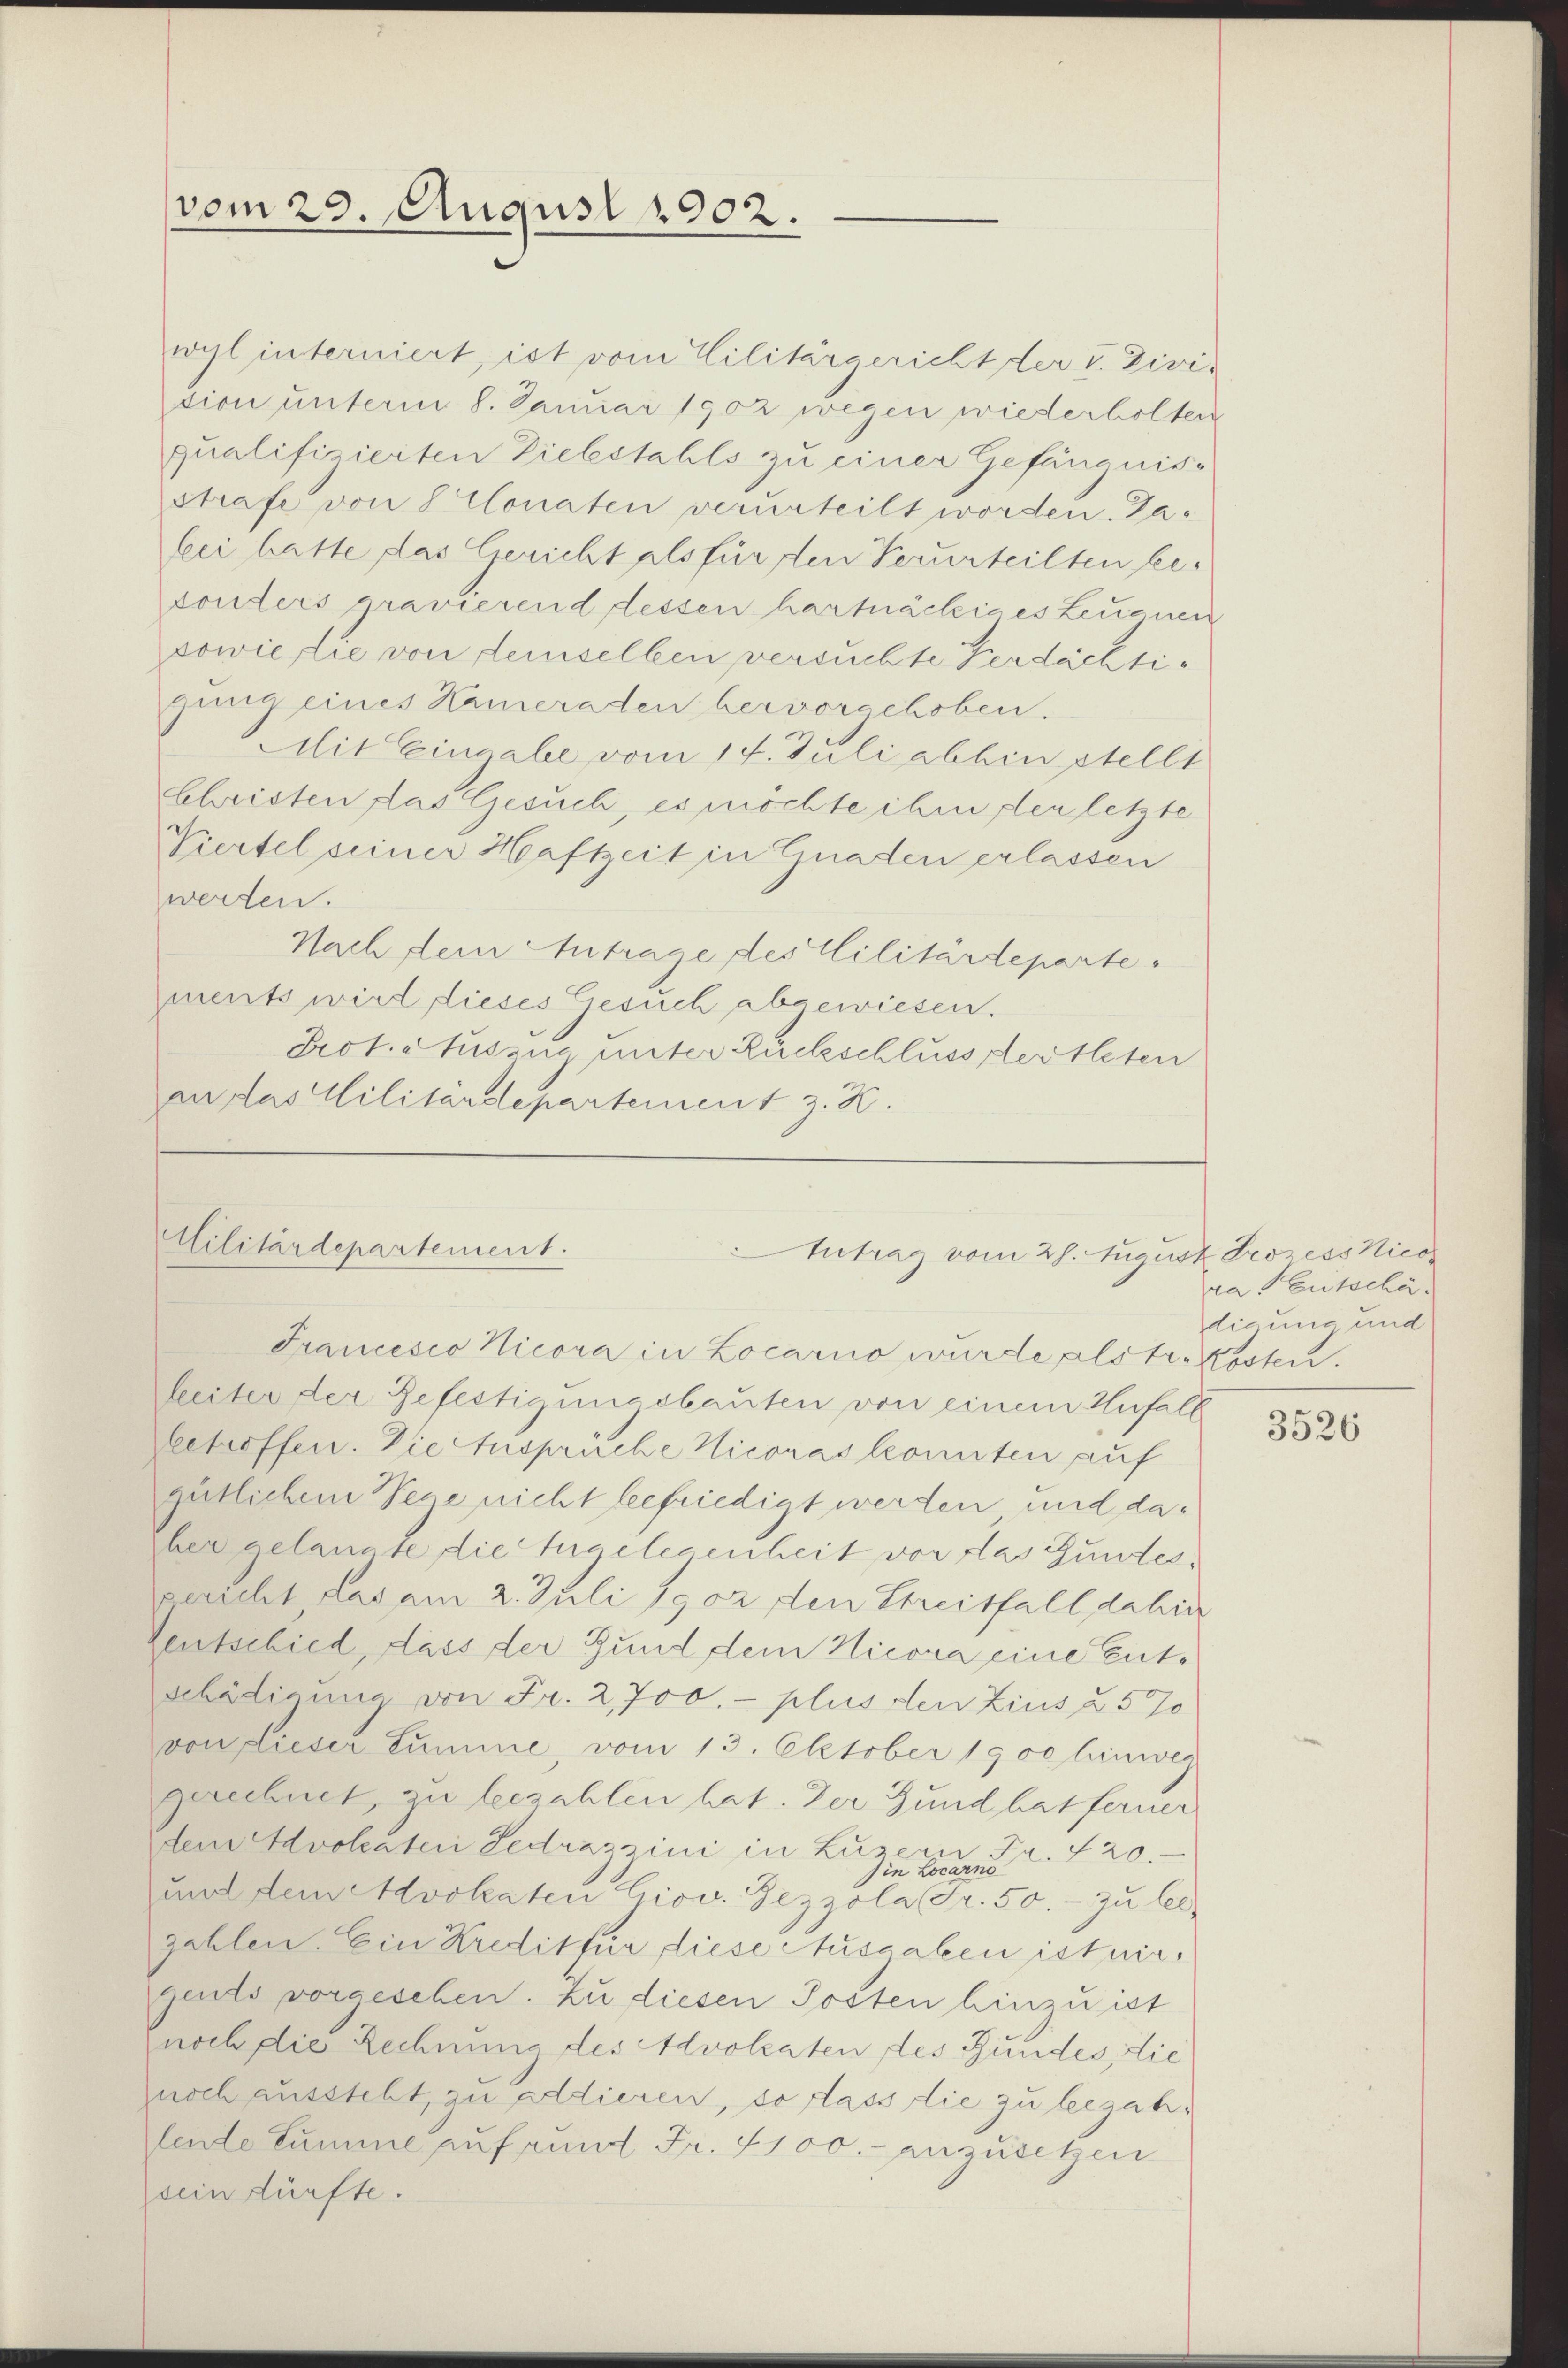
vom 29. August 1902.

wyl interniert, ist vom Cilitärgericht der V. Divition unterm 8. Januar 1902 wegen wiederholten
qualifizierten Zielestahls zu einer Gefängniss
strafe von 8 Monaten verurteilt worden. Jabei hatte das Gericht als für den Verurteilten betonters gravierend dessen hartnäckiges Leuenen
sowie die von demselben versuchte Verdächtigung eines Kameraden hervorschoben.
Mit Eingabe vom 14. Juli abhin stellt
Schristen das Gesuch, es möchte ihm der letzte
Viertel seiner Haftzeit in Gnaden erlassen
werden.
Nach dein Antrage des Militärdeparte
ments wird dieses Gesuch abgewiesen.
Prot. Auszug unter Rückschlussserteten
an das Militärdepartement z. K.

Militärdepartement.

Antrag vom 28. August Prozess Nico¬
Francesco Nicora in Locarno wurde alstr. Kosten.

leiter der Gefertigungsbauten von einem Unfall
betreffen. Die Ansprüche Nicoras konnten auf
gütlichem Vene nicht befriedigt werden und daber gelangte die Tugelegenheit vor das Bundes,
gericht das am 2. Juli 1902 den Streitfall dahin
Gentschied, dass der Gund dem Nicora eine Entschädigung von Fr. 2,700.- plus den Zins à 570
von dieser Summe, vom 13. Oktober 1900 hinweg
gerechnet, zu bezahlen hat. Der Gund hat ferner
dem Advokaten Gedrazzini in Luzern Fr. 420.
end
in Loc
und dem Advokaten Giov. Gezzola Fr. 50.- zu les
zahlen. Ein Kredit für diese Ausgaben ist nirgents vorgesehen. Zu diesen Posten hinzu ist
noch die Rechnung des Advokaten des Bundes, die
noch aussteht, zu alldieren, so dass die zu bezahfende Summe auf rund Fr. 4100. anzusetzen
sein dürfte.

ra Entschä
digung und

3526